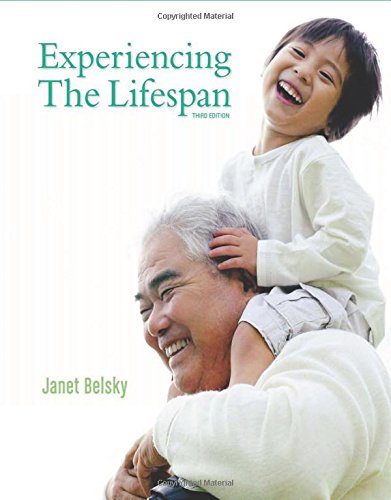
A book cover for Experiencing the Lifespan; Janet Belsky; Medical Books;